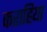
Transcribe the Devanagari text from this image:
कराहिया